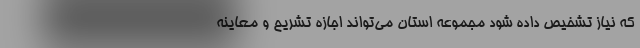
که نیاز تشخیص داده شود مجموعه استان می‌تواند اجازه تشریح و معاینه